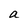
Character: a